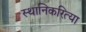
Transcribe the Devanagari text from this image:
स्थानिकरित्या